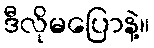
ဒီလိုမပြောနဲ့။